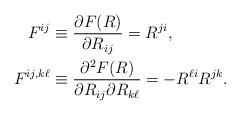
LaTeX: \begin{align*} F^{ij}&\equiv \frac{\partial F (R)}{ \partial R_{ij}}= R^{ji}, \\ F^ {ij,k\ell}& \equiv \frac{\partial^2 F (R)}{\partial R_{ij} \partial R_{k \ell}}= -R^{\ell i}R^{jk}.\end{align*}